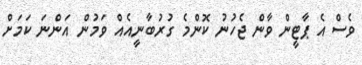
ވެސް އެ ޕާޓީން ވާން ޖެހުނު ކޮންމެ ގުރުބާނީއެއް ވަމުން އަންނަ ކަމަށް